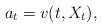
\begin{align*}a_t=v(t,X_t), \end{align*}